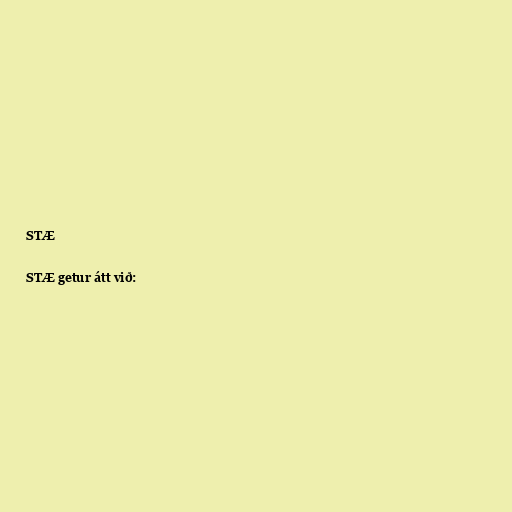
STÆ

STÆ getur átt við: